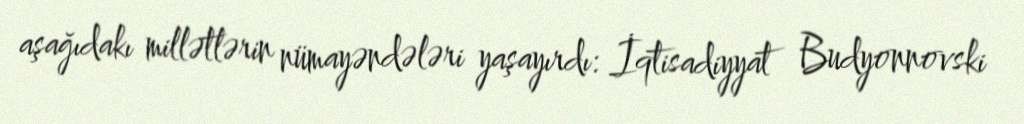
aşağıdakı millətlərin nümayəndələri yaşayırdı: İqtisadiyyat Budyonnovski